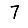
Digit: 7